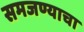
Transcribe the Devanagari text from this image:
समजण्याचा